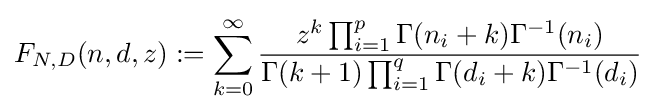
F_{N,D}(n,d,z):=\sum _{k=0}^{\infty }{\frac {z^{k}\prod _{i=1}^{p}\Gamma (n_{i}+k)\Gamma ^{-1}(n_{i})}{\Gamma (k+1)\prod _{i=1}^{q}\Gamma (d_{i}+k)\Gamma ^{-1}(d_{i})}}